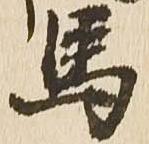
馬